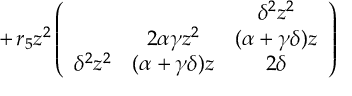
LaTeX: \qquad \, + \, r _ { 5 } z ^ { 2 } \left( \begin{array} { c c c } { { } } & { { } } & { { \delta ^ { 2 } z ^ { 2 } } } \\ { { } } & { { 2 \alpha \gamma z ^ { 2 } } } & { { ( \alpha + \gamma \delta ) z } } \\ { { \delta ^ { 2 } z ^ { 2 } } } & { { ( \alpha + \gamma \delta ) z } } & { { 2 \delta } } \end{array} \right)